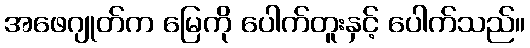
အဖေဂျုတ်က မြေကို ပေါက်တူးနှင့် ပေါက်သည်။